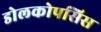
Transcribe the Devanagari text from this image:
डोलकोपसिस